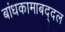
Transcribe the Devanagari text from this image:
बांधकामाबद्दल